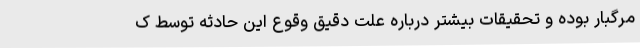
مرگبار بوده و تحقیقات بیشتر درباره علت دقیق وقوع این حادثه توسط ک